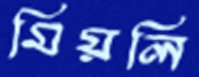
মিয়লি